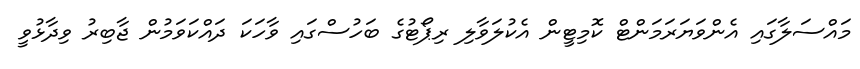
މައްސަލާގައި އެންވަޔަރަމަންޓް ކޮމިޓީން އެކުލަވާލި ރިޕޯޓުގެ ބަހުސްގައި ވާހަކަ ދައްކަވަމުން ޖާބިރު ވިދާޅުވީ